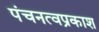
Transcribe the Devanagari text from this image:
पंचनत्वप्रकाश